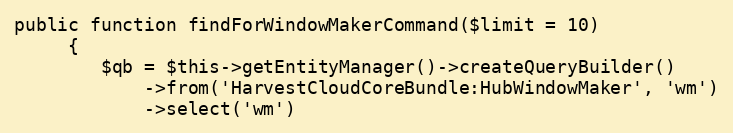
Language: PHP
public function findForWindowMakerCommand($limit = 10)
     {
        $qb = $this->getEntityManager()->createQueryBuilder()
            ->from('HarvestCloudCoreBundle:HubWindowMaker', 'wm')
            ->select('wm')